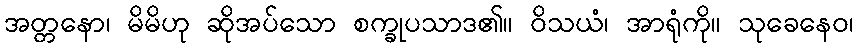
အတ္တနော၊ မိမိဟု ဆိုအပ်သော စက္ခုပသာဒ၏။ ဝိသယံ၊ အာရုံကို။ သုခေနေဝ၊